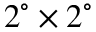
2 ^ { \circ } \times 2 ^ { \circ }